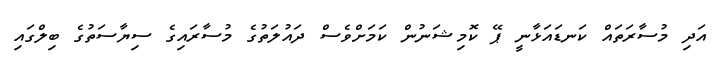
އަދި މުސާރަތައް ކަނޑައަޅާނީ ޕޭ ކޮމިޝަނުން ކަމަށްވެސް ދައުލަތުގެ މުސާރައިގެ ސިޔާސަތުގެ ބިލްގައި